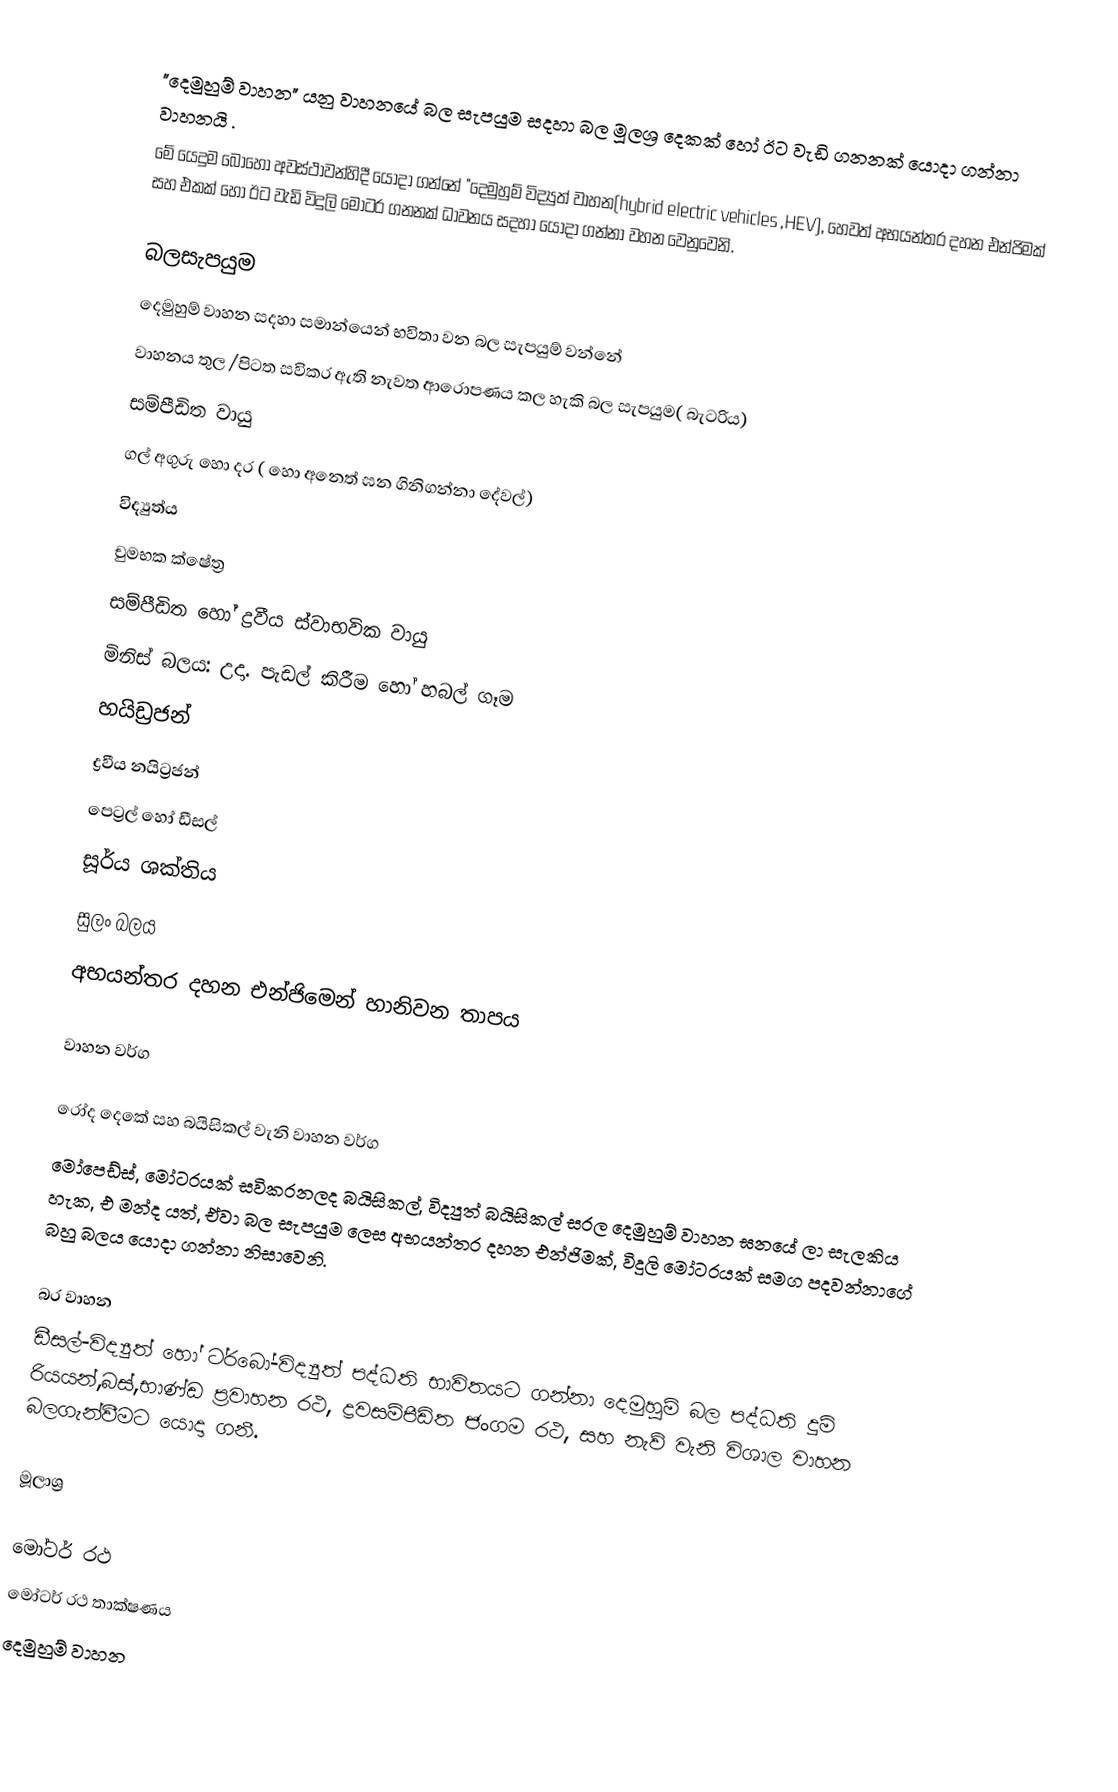
"දෙමුහුම් වාහන" යනු වාහනයේ බල සැපයුම සදහා බල මූලශ්‍ර දෙකක් හෝ ඊට වැඩි ගනනක් යොදා ගන්නා වාහනයි .
මේ යෙදුම බොහෝ අවස්ථාවන්හිදී යොදා ගන්නේ "දෙමුහුම් විද්‍යුත් වාහන(hybrid electric vehicles ,HEV), හෙවත් අභයන්තර දහන එන්ජිමක් සහ එකක් හෝ ඊට වැඩි විදුලි මෝටර ගනනක් ධාවනය සදහා යොදා ගන්නා වහන වෙනුවෙනි.

බලසැපයුම
දෙමුහුම් වාහන සදහා සමාන්යෙන් භවිතා වන බල සැපයුම් වන්නේ
 වාහනය තුල /පිටත සවිකර ඇති නැවත ආරොපණය කල හැකි බල සැපයුම( බැටරිය)
 සම්පීඩිත වායු
 ගල් අගුරු හො දර ( හො අනෙත් ඝන ගිනිගන්නා දේවල්)
 විද්‍යුත්ය
 චුමභක ක්ෂේත්‍ර
 සම්පීඩිත හෝ ද්‍රවීය ස්වාභවික වායු
 මිනිස් බලය: උදා. පැඩල් කිරීම හෝ හබල් ගෑම
 හයිඩ්‍රජන්
 ද්‍රවීය නයිට්‍රජන්
 පෙට්‍රල් හෝ ඩීසල්
 සූර්ය ශක්තිය
 සුලං බලය
 අභයන්තර දහන එන්ජිමෙන් හානිවන තාපය

වාහන වර්ග

රෝද දෙකේ සහ බයිසිකල් වැනි වාහන වර්ග
මෝපෙඩ්ස්, මෝටරයක් සවිකරනලද බයිසිකල්, විද්‍යුත් බයිසිකල් සරල දෙමුහුම් වාහන ඝනයේ ලා සැලකිය හැක, එ මන්ද යත්, ඒවා බල සැපයුම ලෙස අභයන්තර දහන එන්ජිමක්, විදුලි මෝටරයක් සමග පදවන්නාගේ බහු බලය යොදා ගන්නා නිසාවෙනි.

බර වාහන
ඩීසල්-විද්‍යුත් හෝ ට‍්රබෝ-විද්‍යුත් පද්ධති භාවිතයට ගන්නා දෙමුහුම් බල පද්ධති දුම් රියයන්,බස්,භාණ්ඩ ප්‍රවාහන රථ, ද්‍රවසම්පීඩිත ජංගම රථ, සහ නැව් වැනි විශාල වාහන බලගැන්වීමට යොදා ගනී.

මූලාශ්‍ර

මෝටර් රථ
මෝටර් රථ තාක්ෂණය
දෙමුහුම් වාහන